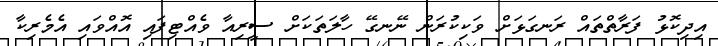
އިދިކޮޅު ފަރާތްތައް ރަނގަޅަށް ވަކިކުރަން ނޭނގޭ ހާލަތަކަށް ސީރިއާ ވެއްޓިފައި އޮއްވައި އެމެރިކާ